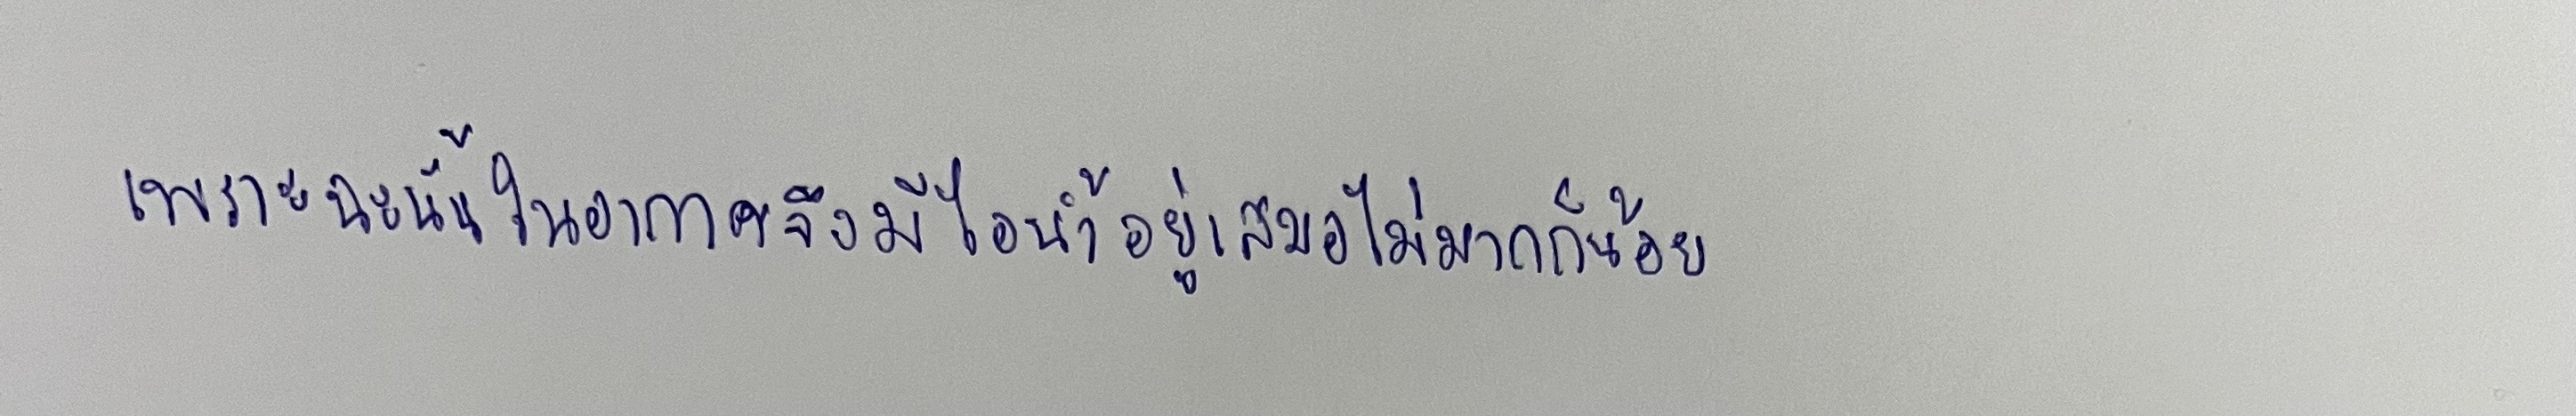
เพราะฉะนั้นในอากาศจึงมีไอน้ำอยู่เสมอไม่มากก็น้อย